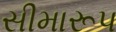
સીમારૂપ